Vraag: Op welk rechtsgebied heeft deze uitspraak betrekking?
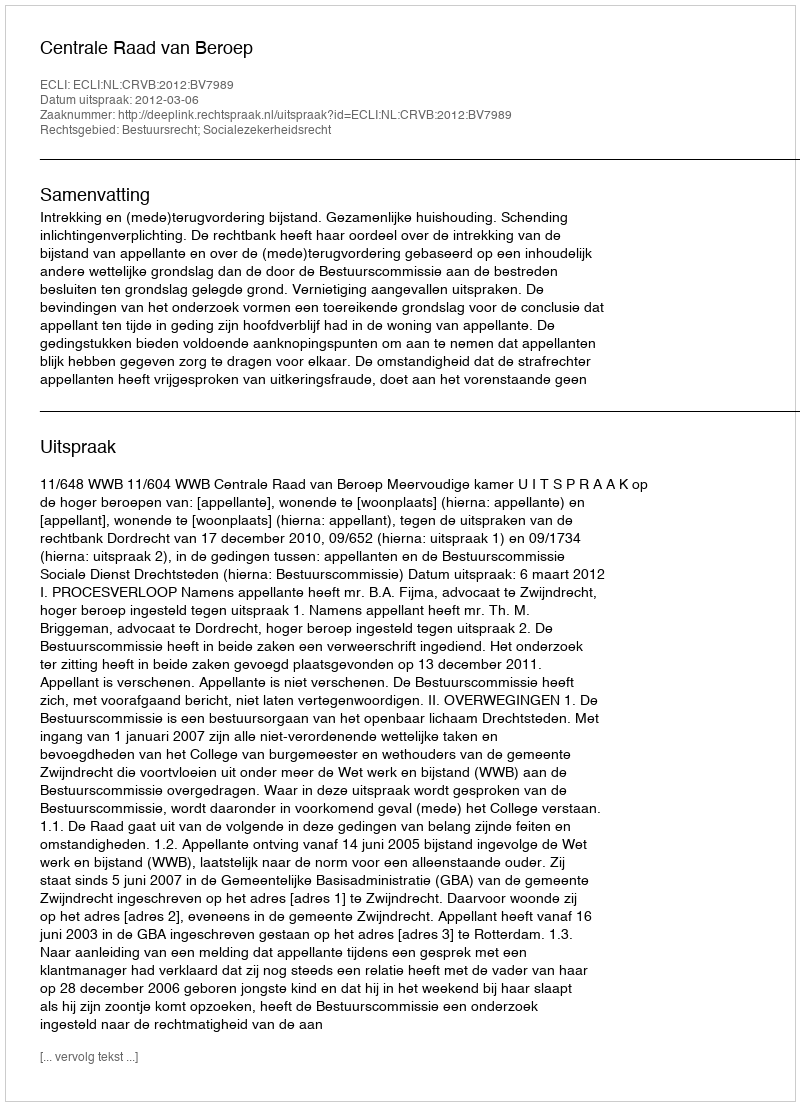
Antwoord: Bestuursrecht; Socialezekerheidsrecht